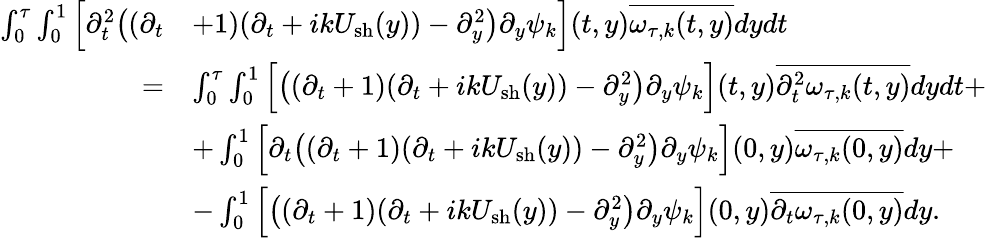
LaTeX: \begin{array}{rl}{\int_{0}^{\tau}\int_{0}^{1}\Big[\partial_{t}^{2}\big((\partial_{t}}&{+1)(\partial_{t}+ikU_{\mathrm{sh}}(y))-\partial_{y}^{2}\big)\partial_{y}\psi_{k}\Big](t,y)\overline{{\omega_{\tau,k}(t,y)}}dydt}\\ {=}&{\int_{0}^{\tau}\int_{0}^{1}\Big[\big((\partial_{t}+1)(\partial_{t}+ikU_{\mathrm{sh}}(y))-\partial_{y}^{2}\big)\partial_{y}\psi_{k}\Big](t,y)\overline{{\partial_{t}^{2}\omega_{\tau,k}(t,y)}}dydt+}\\ &{+\int_{0}^{1}\Big[\partial_{t}\big((\partial_{t}+1)(\partial_{t}+ikU_{\mathrm{sh}}(y))-\partial_{y}^{2}\big)\partial_{y}\psi_{k}\Big](0,y)\overline{{\omega_{\tau,k}(0,y)}}dy+}\\ &{-\int_{0}^{1}\Big[\big((\partial_{t}+1)(\partial_{t}+ikU_{\mathrm{sh}}(y))-\partial_{y}^{2}\big)\partial_{y}\psi_{k}\Big](0,y)\overline{{\partial_{t}\omega_{\tau,k}(0,y)}}dy.}\end{array}